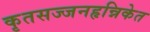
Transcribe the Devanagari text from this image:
कृतसज्जनहृन्निकेत